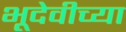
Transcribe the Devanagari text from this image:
भूदेवीच्या